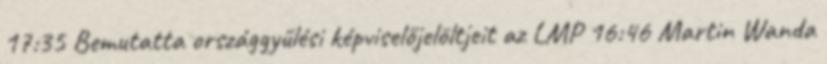
17:35 Bemutatta országgyűlési képviselőjelöltjeit az LMP 16:46 Martin Wanda